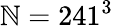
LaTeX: \mathbb{N}=241^{3}